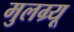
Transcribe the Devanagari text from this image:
मुलग्र्यू